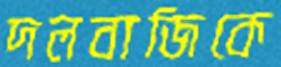
দলবাজিকে